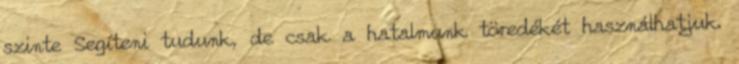
szinte Segíteni tudunk, de csak a hatalmunk töredékét használhatjuk.